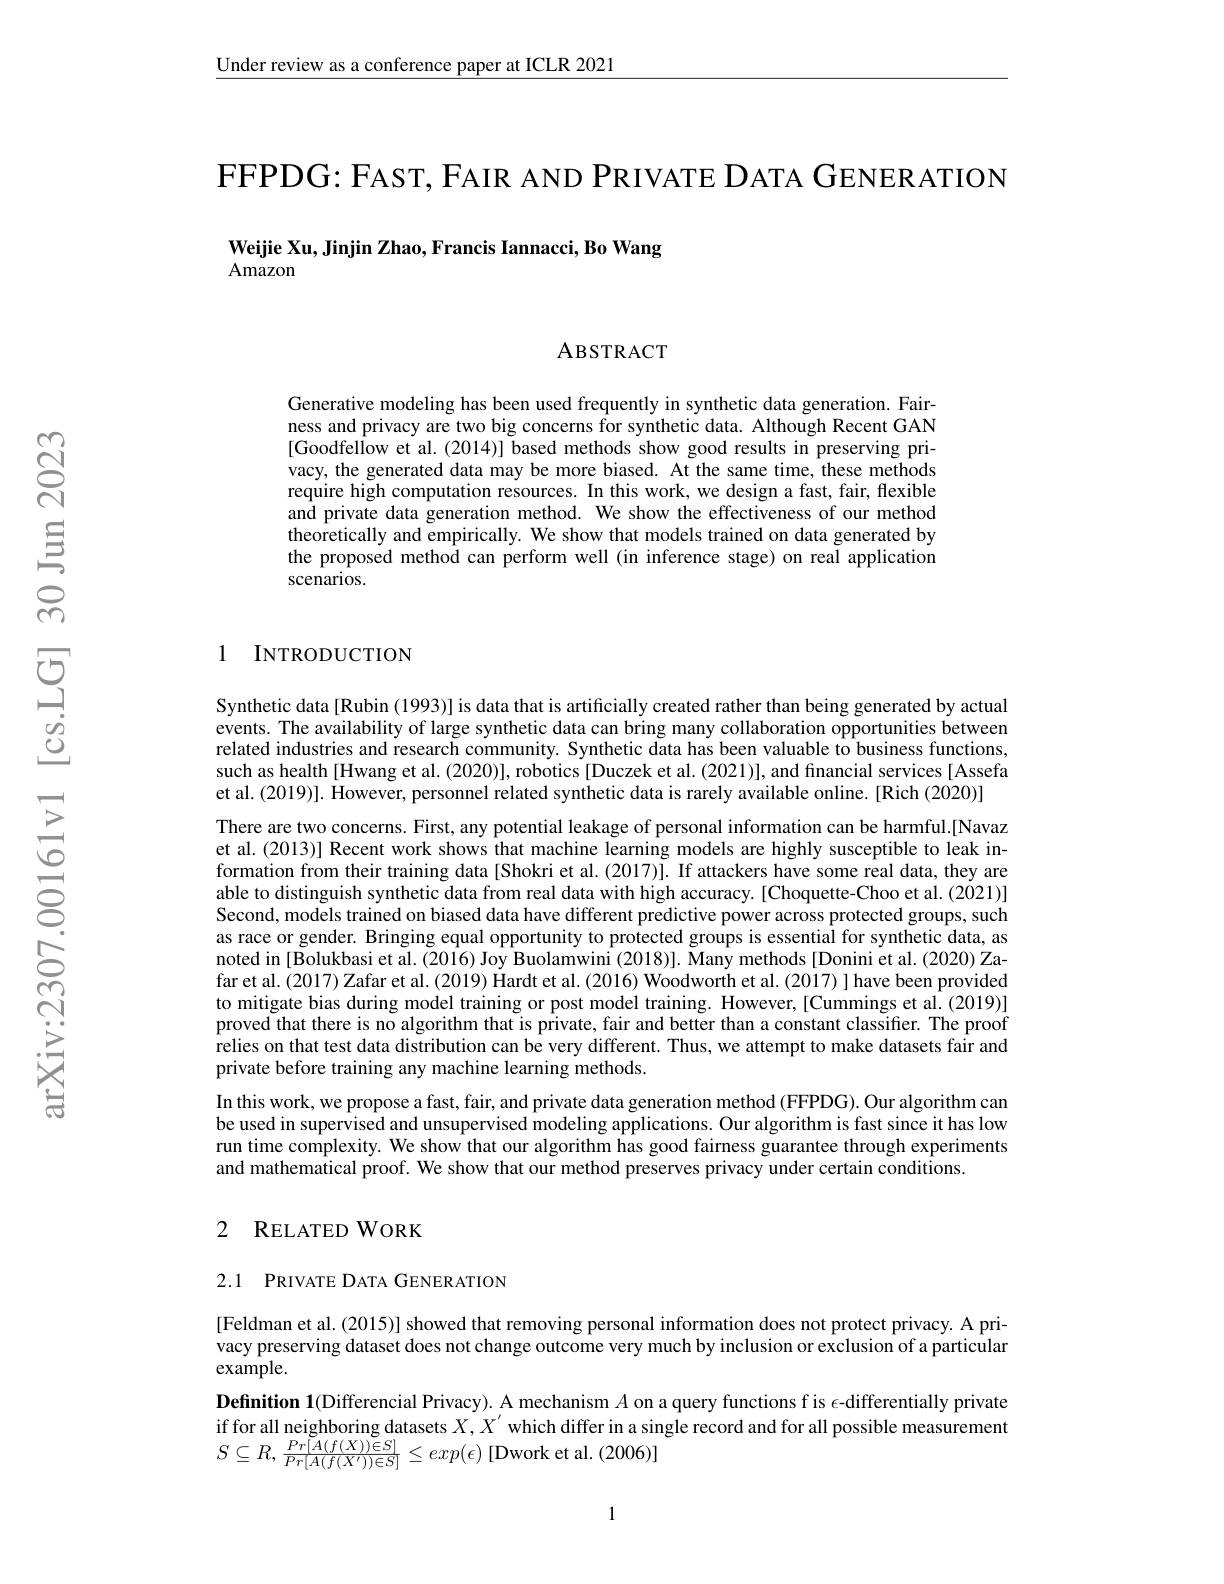
Under review as a conference paper at ICLR 2021

FFPDG: FAST, FAIR AND PRIVATE DATA GENERATION
Weijie Xu, Jinjin Zhao, Francis Iannacci, Bo Wang
Amazon

ABSTRACT

Generative modeling has been used frequently in synthetic data generation. Fairness and privacy are two big concerns for synthetic data. Although Recent GAN [Goodfellow et al. ( 2014) ] based methods show good results in preserving pri- vacy, the generated data may be more biased. At the same time, these methods require high computation resources. In this work, we design a fast, fair, flexible and private data generation method. We show the effectiveness of our method theoretically and empirically. We show that models trained on data generated by the proposed method can perform well (in inference stage) on real application scenarios.

1 INTRODUCTION

Synthetic data[Rubin (1993)] is data that is artificially created rather than being generated by actual events. The availability of large synthetic data can bring many collaboration opportunities between related industries and research community. Synthetic data has been valuable to business functions, such as health [Hwang et al. (2020)], robotics [Duczek et al. (2021)], and financial services [Assefa et al. (2019)]. However, personnel related synthetic data is rarely available online. [Rich (2020)]
There are two concerns. First, any potential leakage of personal information can be harmful.[Navaz et al. (2013)] Recent work shows that machine learning models are highly susceptible to leak information from their training data[Shokri et al.(2017)]. If attackers have some real data, they are able to distinguish synthetic data from real data with high accuracy.[Choquette-Choo et al.(2021)] Second, models trained on biased data have different predictive power across protected groups, such as race or gender. Bringing equal opportunity to protected groups is essential for synthetic data, as noted in [Bolukbasi et al. (2016) Joy Buolamwini (2018)]. Many methods [Donini et al. (2020) Zafar et al. (2017) Zafar et al. (2019) Hardt et al. (2016) Woodworth et al. (2017) ] have been provided to mitigate bias during model training or post model training. However, [Cummings et al. (2019)] proved that there is no algorithm that is private, fair and better than a constant classifier. The proof relies on that test data distribution can be very different. Thus, we attempt to make datasets fair and private before training any machine learning methods.
In this work, we propose a fast, fair, and private data generation method (FFPDG). Our algorithm can be used in supervised and unsupervised modeling applications. Our algorithm is fast since it has low run time complexity. We show that our algorithm has good fairness guarantee through experiments and mathematical proof. We show that our method preserves privacy under certain conditions.

## 2 RELATED WORK

## 2.1 PRIVATE DATA GENERATION

[Feldman et al. (2015)] showed that removing personal information does not protect privacy. A privacy preserving dataset does not change outcome very much by inclusion or exclusion of a particular example.
Definition 1(Differencial Privacy). A mechanism $A$ on a query functions f is $\epsilon$-differentially private if for all neighboring datasets $X, X^{\prime }$ which differ in a single record and for all possible measurement $S\subseteq R, \frac {Pr[ A( f( X) ) \in S] }{Pr[ A( f( X^{\prime }) ) \in S] }\leq exp( \epsilon )$ [ Dwork et al. ( 2006) ]

1